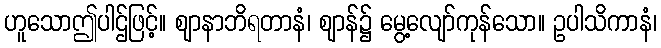
ဟူသောဤပါဌ်ဖြင့်။ ဈာနာဘိရတာနံ၊ ဈာန်၌ မွေ့လျော်ကုန်သော။ ဥပါသိကာနံ၊